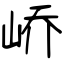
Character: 峤